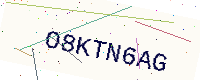
Text: O8KTN6AG